Indian journal of veterinary science and animal husbandry - Volume 6,
Year: 1936
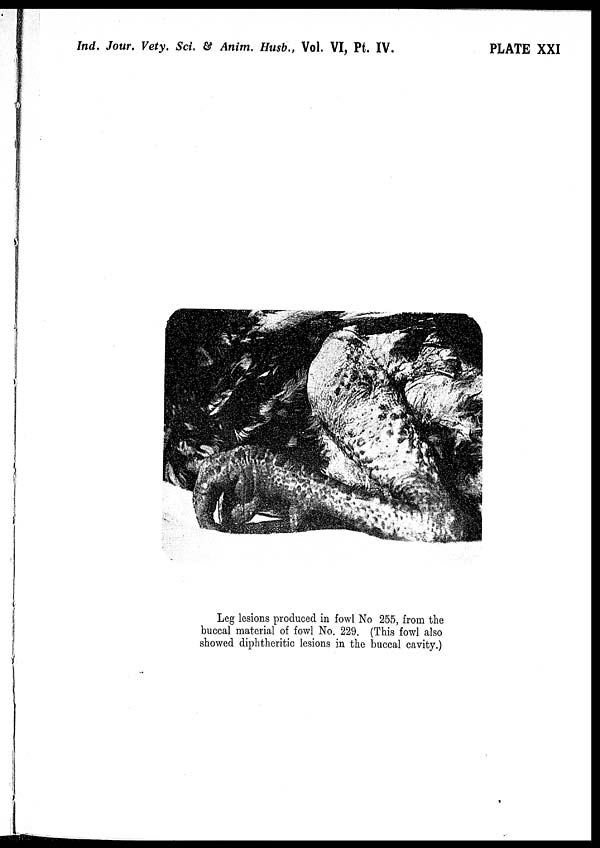
Ind. Jour. Vety. Sci. & Anim. Husb., Vol. VI, Pt. IV.
PLATE XXI
Leg lesions produced in fowl No 255, from the
buccal material of fowl No. 229. (This fowl also
showed diphtheritic lesions in the buccal cavity.)